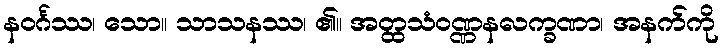
နဝင်္ဂဿ၊ သော။ သာသနဿ၊ ၏။ အတ္ထသံဝဏ္ဏနလက္ခဏာ၊ အနက်ကို